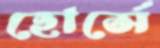
হোর্সে